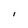
Character: I